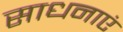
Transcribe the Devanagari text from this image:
साधनाएं